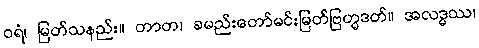
ဝရံ၊ မြတ်သနည်း။ တာတ၊ ခမည်းတော်မင်းမြတ်ဗြဟ္မဒတ်။ အလဒ္ဓဿ၊